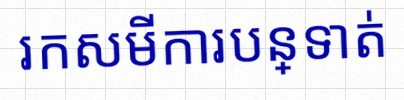
រកសមីការបន្ទាត់